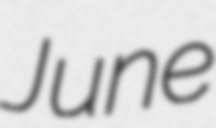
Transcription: June